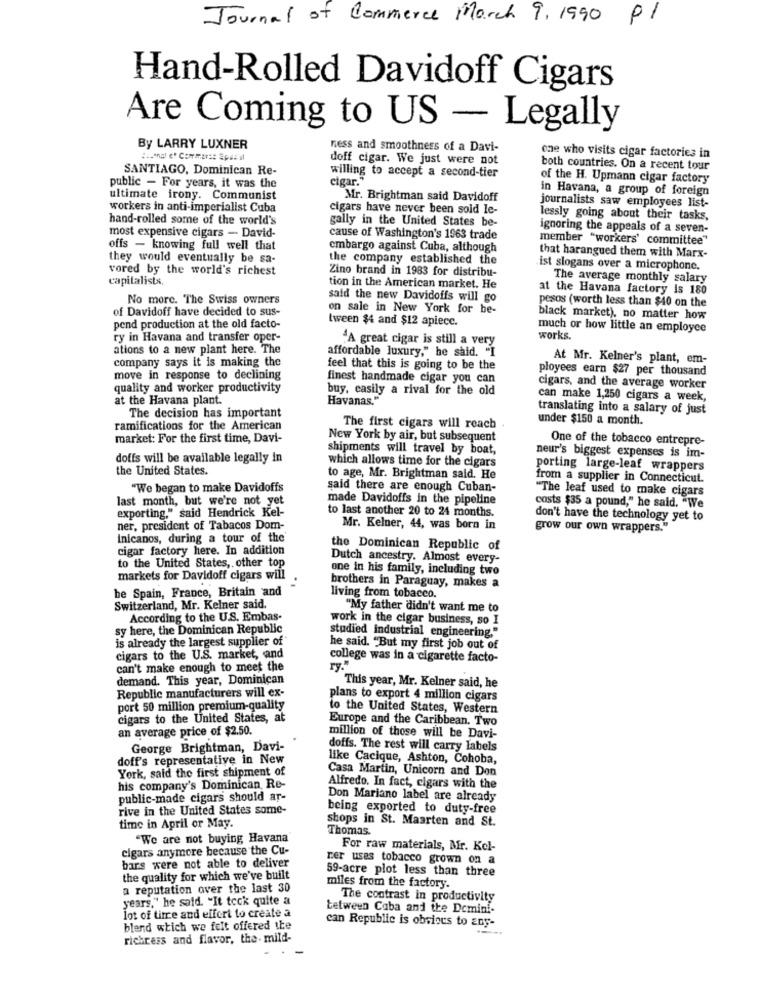
Journal of Commerce March 9, 1990 PI
Hand-Rolled Davidoff Cigars
Are Coming to US - Legally
By LARRY LUXNER
ness and smoothness of a Davi-
doff cigar. We just were not
one who visits cigar factories in
SANTIAGO, Dominican Re-
willing to accept a second-tier
both countries. On a recent tour
cigar."
of the H. Upmann cigar factory
public - For years, it was the
in Havana, a group of foreign
ultimate irony. Communist
Mr. Brightman said Davidoff
workers in anti-imperialist Cuba
cigars have never been sold le-
journalists saw employees list-
hand-rolled some of the world's
gally in the United States be-
lessly going about their tasks,
most expensive cigars - David-
ignoring the appeals of a seven-
cause of Washington's 1963 trade
member "workers' committee"
offs - knowing full well that
embargo against Cuba, although
they would eventually be sa-
the company established the
that harangued them with Marx-
vored by the world's richest
Zino brand in 1983 for distribu-
ist slogans over a microphone.
capitalists,
The average monthly salary
tion in the American market. He
at the Havana factory is 180
No more. The Swiss owners
said the new Davidoffs will go
pesos (worth less than $40 on the
of Davidoff have decided to sus-
on sale in New York for be-
tween $4 and $12 apiece.
black market), no matter how
pend production at the old facto-
much or how little an employee
ry in Havana and transfer oper-
"A great cigar is still a very
works.
ations to a new plant here. The
affordable luxury," he said. "I
company says it is making the
At Mr. Kelner's plant, em-
feel that this is going to be the
ployees earn $27 per thousand
move in response to declining
finest handmade cigar you can
quality and worker productivity
buy, easily a rival for the old
cigars, and the average worker
at the Havana plant.
Havanas."
can make 1,250 cigars a week,
translating into a salary of just
The decision has important
under $150 a month.
ramifications for the American
The first cigars will reach
market: For the first time, Davi-
New York by air, but subsequent
One of the tobacco entrepre-
shipments will travel by boat,
doffs will be available legally in
which allows time for the cigars
neur's biggest expenses is im-
the United States.
porting large-leaf wrappers
to age, Mr. Brightman said. He
from a supplier in Connecticut.
"We began to make Davidoffs
said there are enough Cuban-
"The leaf used to make cigars
last month, but we're not yet
made Davidoffs in the pipeline
exporting," said Hendrick Kel-
to last another 20 to 24 months.
costs $35 a pound," he said. "We
don't have the technology yet to
ner, president of Tabacos Dom-
Mr. Kelner, 44, was born in
grow our own wrappers."
Inicanos, during a tour of the
cigar factory here. In addition
the Dominican Republic of
Dutch ancestry. Almost every-
to the United States, other top
one in his family, including two
markets for Davidoff cigars will
be Spain, France, Britain and
brothers in Paraguay, makes a
living from tobacco.
Switzerland, Mr. Kelner said.
"My father didn't want me to
According to the U.S. Embas-
work in the cigar business, so I
sy here, the Dominican Republic
studied industrial engineering."
is already the largest supplier of"
he said. "But my first job out of
cigars to the U.S. market, and
college was in a cigarette facto-
can't make enough to meet the
ry."
demand. This year, Dominican
Republic manufacturers will ex-
This year, Mr. Kelner said, he
plans to export 4 million cigars
port 50 million premium-quality
to the United States, Western
cigars to the United States, at
Europe and the Caribbean. Two
an average price of $2.50.
million of those will be Davi-
George Brightman, Davi-
doffs. The rest will carry labels
doff's representative in New
like Cacique, Ashton, Cohoba,
York, said the first shipment of
Casa Martin, Unicorn and Don
his company's Dominican, Re-
Alfredo. In fact, cigars with the
public-made cigars should ar-
Don Mariano label are already
rive in the United States some-
being exported to duty-free
shops in St. Maarten and St.
time in April or May.
Thomas.
"We are not buying Havana
cigars anymore because the Cu-
For raw materials, Mr. Kel-
bars were not able to deliver
ner uses tobacco grown on a
59-acre plot less than three
the quality for which we've built
a reputation over the last 30
miles from the factory.
years." he said. "It teck quite a
The contrast in productivity
lot of time and effort to create a
between Caba and the Dcmini-
can Republic is obvious to any-
blend which we felt offered the
richress and flavor, the- mild-